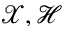
\mathcal X , \mathcal H